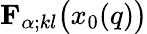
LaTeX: {\mathbf{F}}_{\alpha;kl}\bigl(x_{0}(q)\bigr)